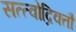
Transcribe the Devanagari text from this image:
सत्त्वोद्रिक्तौ